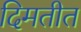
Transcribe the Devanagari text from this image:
दिमतीत